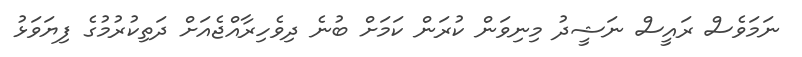
ނަމަވެސް ރައީސް ނަޝީދު މިނިވަން ކުރަން ކަމަށް ބުނެ ދިވެހިރާއްޖެއަށް ދަތިކުރުމުގެ ފިޔަވަޅު